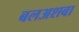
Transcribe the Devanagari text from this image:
बलअशबा